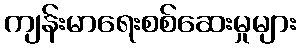
ကျန်းမာရေးစစ်ဆေးမှုများ